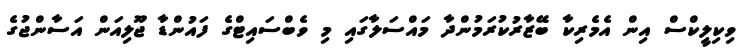
ވިކިލީކްސް އިން އެމެރިކާ ބޭޒާރުކުރަމުންދާ މައްސަލާގައި މި ވެބްސައިޓްގެ ފައުންޑާ ޖޫލިއަން އަސާންޖުގެ